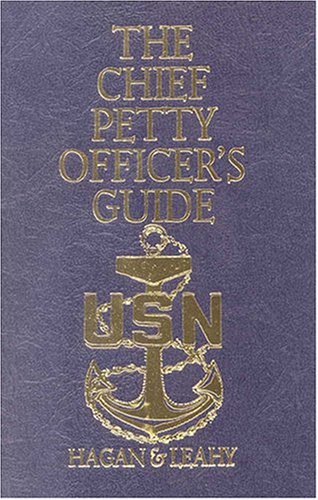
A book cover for The Chief Petty Officer's Guide (Blue and Gold Professional Series); John Hagan; Test Preparation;